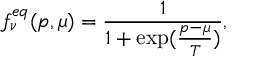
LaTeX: f _ { \nu } ^ { e q } ( p , \mu ) = \frac { 1 } { 1 + \exp ( \frac { p - \mu } { T } ) } ,